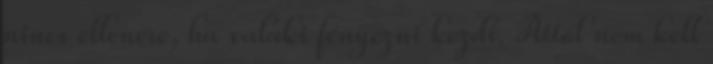
nincs ellenére, ha valaki fényezni kezdi. Attól nem kell